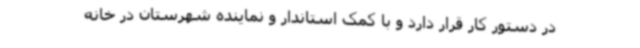
در دستور کار قرار دارد و با کمک استاندار و نماینده شهرستان در خانه